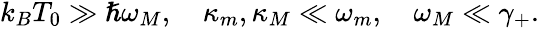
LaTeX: \begin{array}{r}{k_{B}T_{0}\gg\hslash\omega_{M},\quad\kappa_{m},\kappa_{M}\ll\omega_{m},\quad\omega_{M}\ll\gamma_{+}.}\end{array}